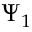
\Psi _ { 1 }